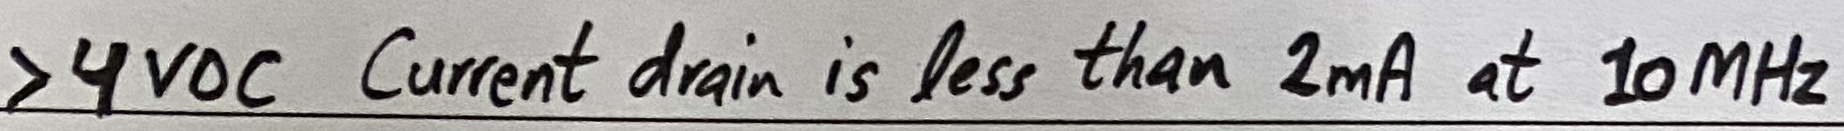
Text: >4VDC Current drain is less than 2mA at 10MHz